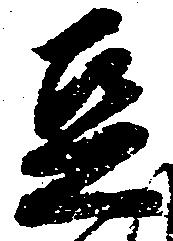
豆